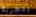
بتجربة